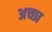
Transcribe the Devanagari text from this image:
अच्छा